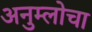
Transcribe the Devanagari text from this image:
अनुम्लोचा